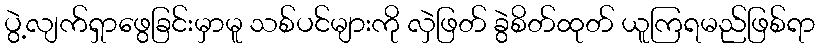
ပွဲ့လျက်ရှာဖွေခြင်းမှာမူ သစ်ပင်များကို လှဲဖြတ် ခွဲစိတ်ထုတ် ယူကြရမည်ဖြစ်ရာ